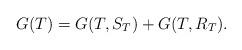
LaTeX: \begin{align*}G(T) = G(T,S_T) + G(T,R_T).\end{align*}